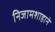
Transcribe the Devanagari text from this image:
निजामशाहाने